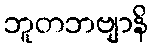
ဘူတဘဗျာနိ